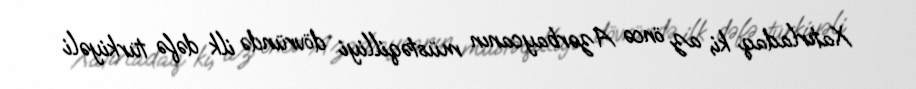
Xatırladaq ki, az öncə Azərbaycanın müstəqilliyi dövründə ilk dəfə türkiyəli